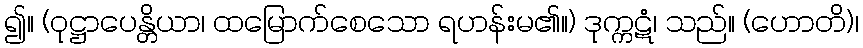
၍။ (ဝုဋ္ဌာပေန္တိယာ၊ ထမြောက်စေသော ရဟန်းမ၏။) ဒုက္ကဋံ၊ သည်။ (ဟောတိ)၊